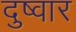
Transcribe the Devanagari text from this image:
दुष्वार